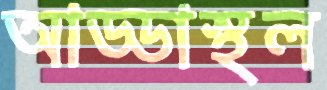
আড্ডাস্থল